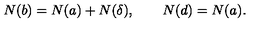
N ( b ) = N ( a ) + N ( \delta ) , \qquad N ( d ) = N ( a ) .